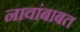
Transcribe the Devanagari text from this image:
नावांबाबत